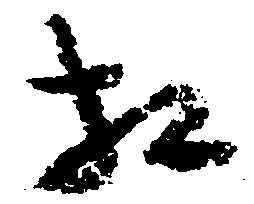
相